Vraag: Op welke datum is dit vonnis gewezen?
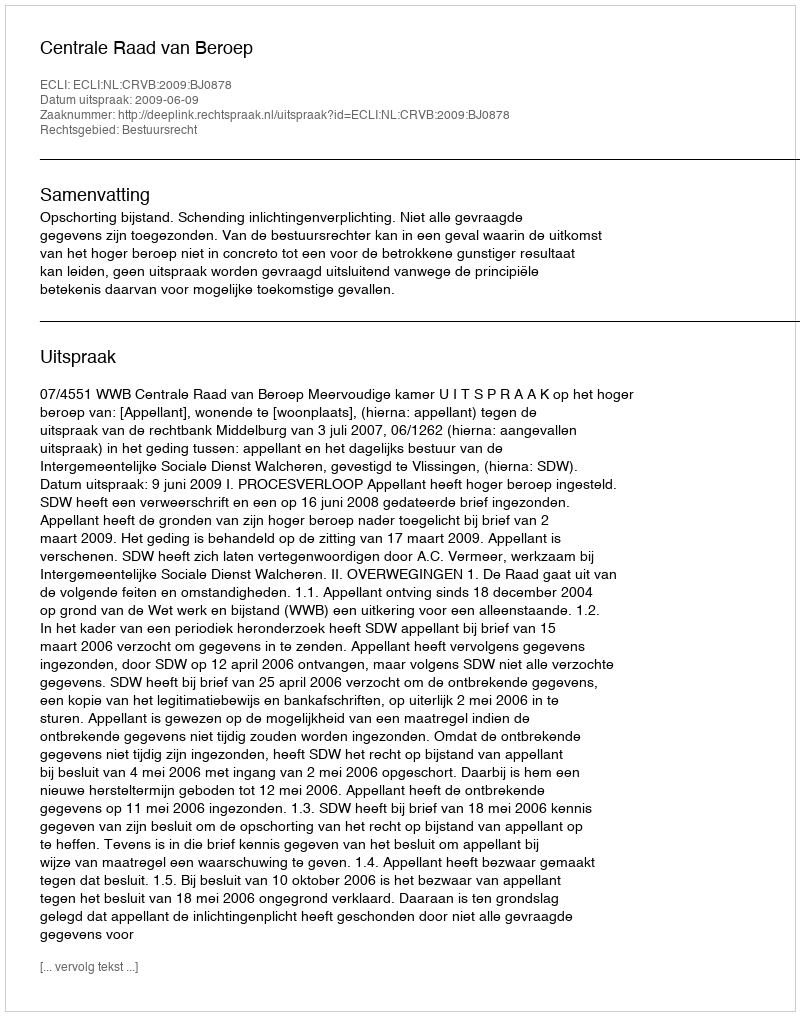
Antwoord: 2009-06-09